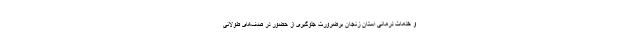
و خدمات درمانی استان زنجان برضرورت جلوگیری از حضور در صف‌های طولانی